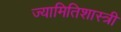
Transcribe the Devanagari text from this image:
ज्यामितिशास्त्री